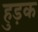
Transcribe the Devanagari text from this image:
हुड़क